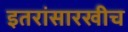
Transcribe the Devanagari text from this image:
इतरांसारखीच